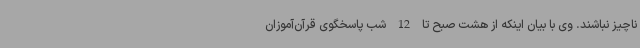
ناچیز نباشند. وی با بیان اینکه از هشت صبح تا 12 شب پاسخگوی قرآن‌آموزان